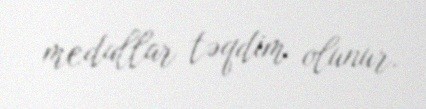
medallar təqdim olunur.